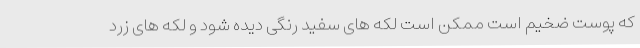
که پوست ضخیم است ممکن است لکه های سفید رنگی دیده شود و لکه های زرد